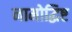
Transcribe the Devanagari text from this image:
नामोद्धिष्ट